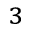
^ 3